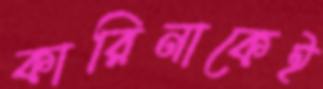
কারিনাকেই